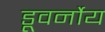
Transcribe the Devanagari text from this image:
डूवर्नोय